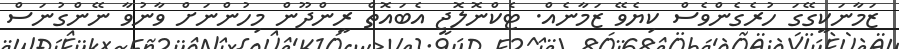
ޒަމާނަކީގޭގަ ހުރެގެންވެސް ކިޔެވޭ ޒަމާނެއް. ޓެކްނޮލޮޖީ އެބައޮތް ރީންދޫން މިހުންނަށް ވާނުވާ ނޭންގުނަސް